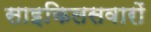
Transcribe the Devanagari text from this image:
साइकिलसवारों